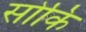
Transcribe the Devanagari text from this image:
सोकि